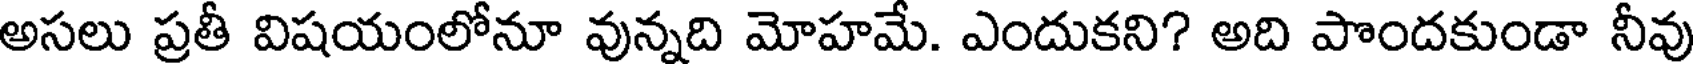
అసలు ప్రతీ విషయంలోనూ వున్నది మోహమే. ఎందుకని? అది పొందకుండా నీవు